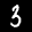
Label: 3